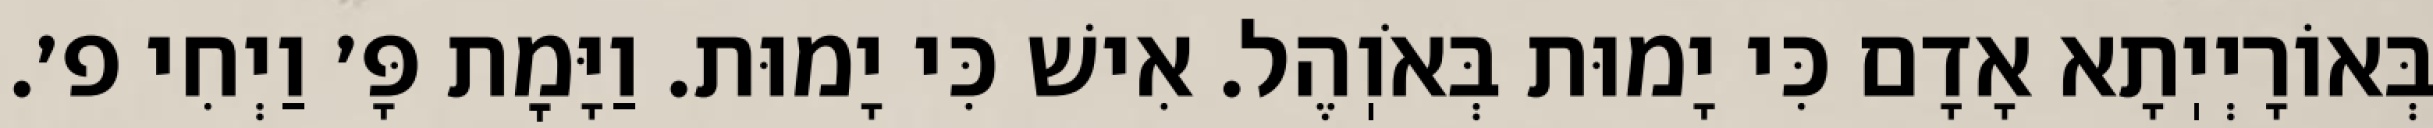
בְּאוֹרָיְיֽתָא אָדָם כִּי יָמוּת בְּאֹוֽהֶל. אִישׁ כִּי יָמוּת. וַיָּמׇת פָּ׳ וַיְחִי פ׳.